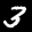
Label: 3